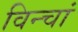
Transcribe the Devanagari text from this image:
विन्चां